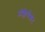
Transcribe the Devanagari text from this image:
प्रोक्लेमेशन